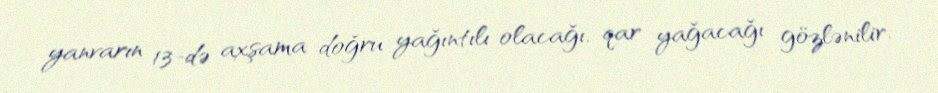
yanvarın 13-də axşama doğru yağıntılı olacağı, qar yağacağı gözlənilir.